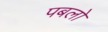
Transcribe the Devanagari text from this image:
पबलो